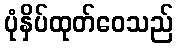
ပုံနှိပ်ထုတ်ဝေသည်